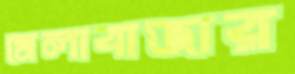
মেলাবাজার